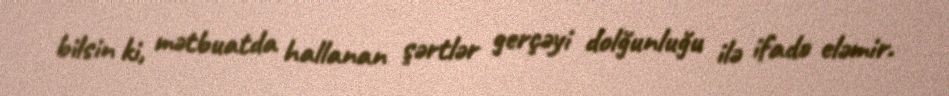
bilsin ki, mətbuatda hallanan şərtlər gerçəyi dolğunluğu ilə ifadə eləmir.